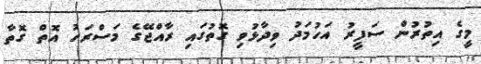
މީގެ އިތުރުން ސަފީރު އަހުމަދު ވިދާޅުވި ގޮތުގައި ރާއްޖޭގެ މަސްރަހު އޮތް ގޮތާ